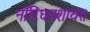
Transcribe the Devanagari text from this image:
नॉटिंघमशायर।